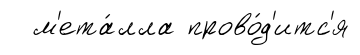
м'ета́лла прово́д'итс'я